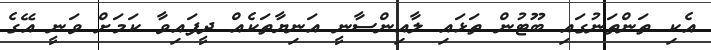
އެކި ތަންތަނުގައި ބޫޓުން ތަޅައި ލާއިންސާނީ އަނިޔާތަކެއް ދީފައިވާ ކަމަށް ވަނީ އޭގެ